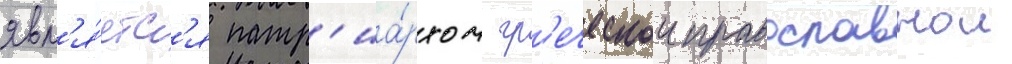
явл'я́етс'я патр'иа́рхом гр'еческои православнои